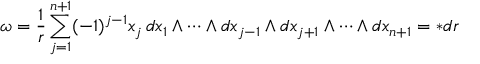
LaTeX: \omega = { \frac { 1 } { r } } \sum _ { j = 1 } ^ { n + 1 } ( - 1 ) ^ { j - 1 } x _ { j } \, d x _ { 1 } \wedge \cdots \wedge d x _ { j - 1 } \wedge d x _ { j + 1 } \wedge \cdots \wedge d x _ { n + 1 } = * d r